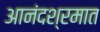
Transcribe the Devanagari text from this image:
आनंदश्रमात